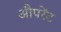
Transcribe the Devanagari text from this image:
औपरेंट